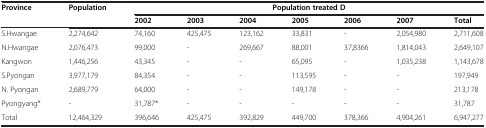
| <ROWSPAN=2> Province | <ROWSPAN=2> Population | <COLSPAN=7> Population treated D |
 | 2002 | 2003 | 2004 | 2005 | 2006 | 2007 | Total |
 | --- | --- | --- | --- | --- | --- | --- | --- | --- |
 | S.Hwangae | 2,274,642 | 74,160 | 425,475 | 123,162 | 33,831 | - | 2,054,980 | 2,711,608 |
 | N.Hwangae | 2,076,473 | 99,000 | - | 269,667 | 88,001 | 37,8366 | 1,814,043 | 2,649,107 |
 | Kangwon | 1,446,256 | 43,345 | - | - | 65,095 | - | 1,035,238 | 1,143,678 |
 | S.Pyongan | 3,977,179 | 84,354 | - | - | 113,595 | - | - | 197,949 |
 | N. Pyongan | 2,689,779 | 64,000 | - | - | 149,178 | - | - | 213,178 |
 | Pyongyang* | - | 31,787* | - | - | - | - | - | 31,787 |
 | Total | 12,464,329 | 396,646 | 425,475 | 392,829 | 449,700 | 378,366 | 4,904,261 | 6,947,277 |